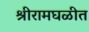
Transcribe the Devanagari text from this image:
श्रीरामघळीत